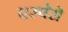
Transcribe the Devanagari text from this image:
एस्पेरो